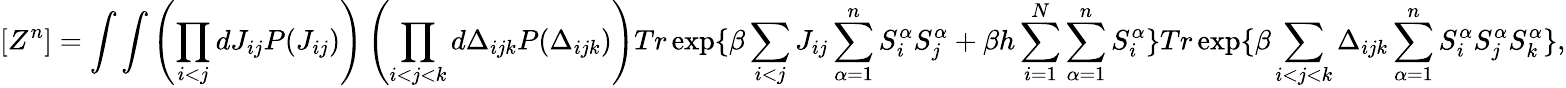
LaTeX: [Z^{n}]=\int\int\left(\prod_{i<j}dJ_{ij}P(J_{ij})\right)\left(\prod_{i<j<k}d\Delta_{ijk}P(\Delta_{ijk})\right)Tr\exp\{ \beta\sum_{i<j}J_{ij}\sum_{\alpha=1}^{n}S_{i}^{\alpha}S_{j}^{\alpha}+\beta h\sum_{i=1}^{N}\sum_{\alpha=1}^{n}S_{i}^{\alpha}\} Tr\exp\{ \beta\sum_{i<j<k}\Delta_{ijk}\sum_{\alpha=1}^{n}S_{i}^{\alpha}S_{j}^{\alpha}S_{k}^{\alpha}\} ,